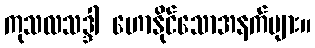
ကုသလသဒ္ဒါ ဟောနိုင်သောအနက်များ။